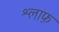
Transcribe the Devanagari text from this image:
श्लाफ़